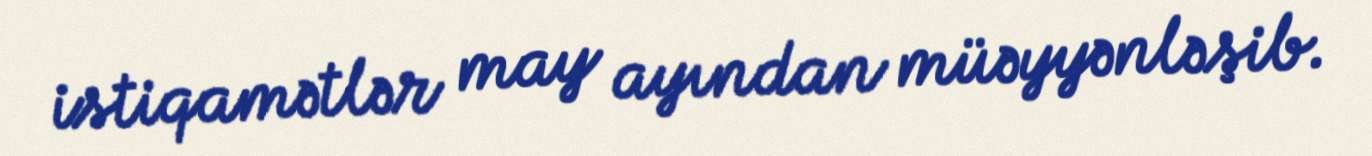
istiqamətlər may ayından müəyyənləşib.